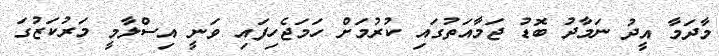
މާދަމާ އީދު ނަމާދު ބޮޑު ޖަމާއަތުގައި ކުރުމަށް ހަމަޖެހިފައި ވަނީ އިސްލާމީ މަރުކަޒުގަ